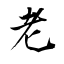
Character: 老